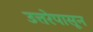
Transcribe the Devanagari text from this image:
उत्तरेपासून